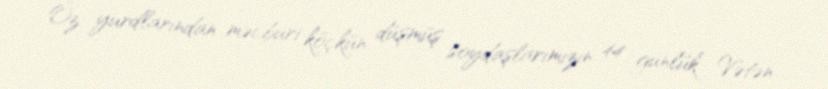
Öz yurdlarından məcburi köçkün düşmüş soydaşlarımızın 44 günlük Vətən